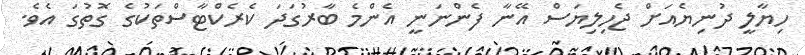
ހިޔާލީ ދުނިޔެއަށް ޖެހިލިޔަސް އޭނާ ފެންނަނީ އެންމެ ބާރުގަދަ ކެރެކްޓާސްތަކުގެ ގޮތުގަ އެވެ.